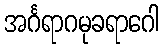
အင်္ဂရာဂမုခရာဂေါ